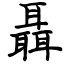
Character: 聶